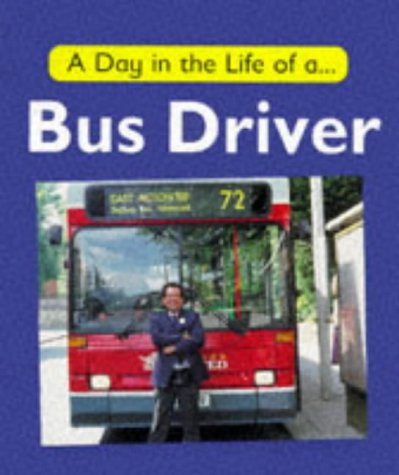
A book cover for A Day in the Life of a Bus Driver; Carol Watson; Children's Books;